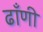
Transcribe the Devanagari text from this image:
ढाँणी